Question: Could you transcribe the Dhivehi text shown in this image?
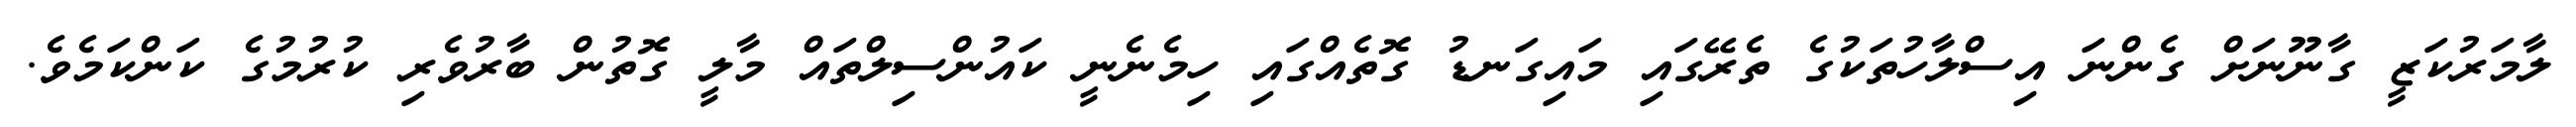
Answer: ލާމަރުކަޒީ ގާނޫނަށް ގެންނަ އިސްލާހުތަކުގެ ތެރޭގައި މައިގަނޑު ގޮތެއްގައި ހިމެނެނީ ކައުންސިލްތައް މާލީ ގޮތުން ބާރުވެރި ކުރުމުގެ ކަންކަމެވެ.